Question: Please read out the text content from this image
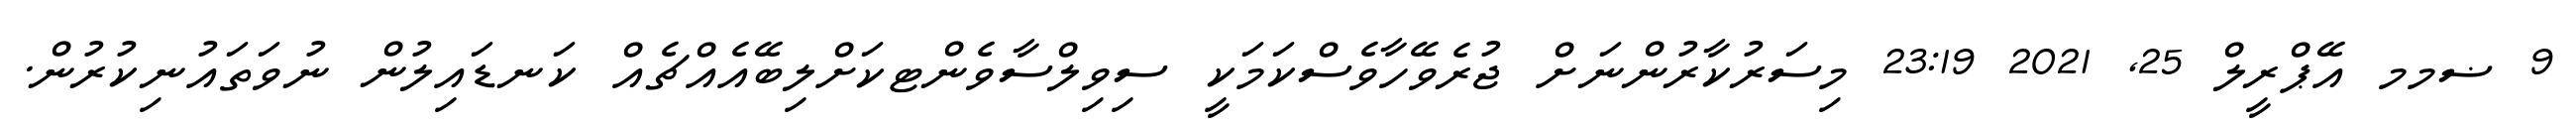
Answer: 9 ޟމމ އޭޕްރީލް 25, 2021 23:19 މިސަރުކާރުންނަށް ޖުރެވޭހާވެސްކަމަކީ ސިވިލްސާވެންޓކަށްލިބޭއެއްޗެއް ކަނޑައިލުން ނުވަތައުނިކުރުން.